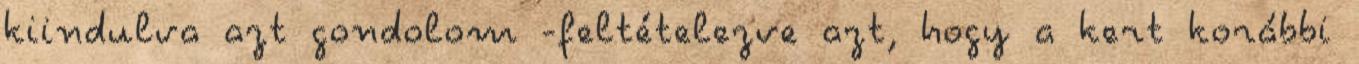
kiindulva azt gondolom -feltételezve azt, hogy a kert korábbi